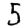
Digit: 5